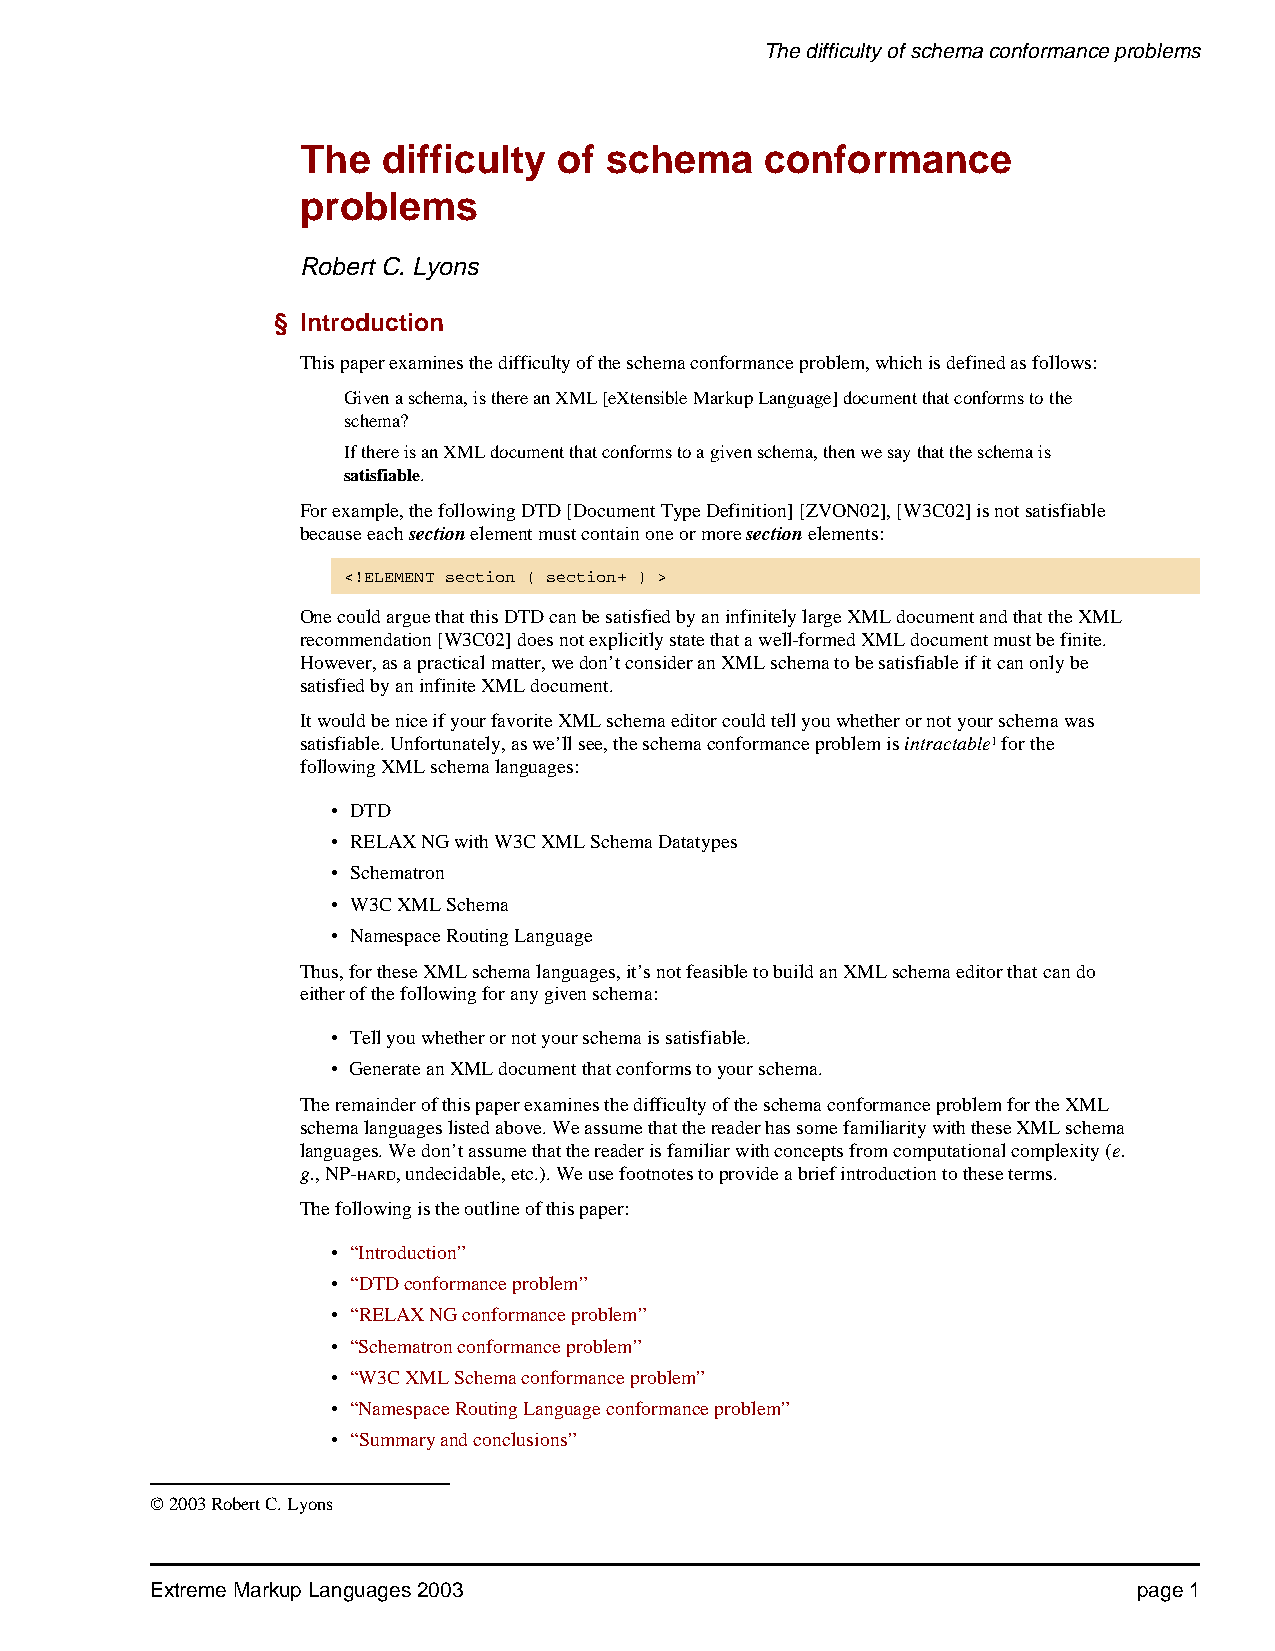
The difficulty of schema conformance problems
 The  difficulty  of schema     conformance
 problems
 Robert C.Lyons
 § Introduction
 This paper examines the difficulty of the schema conformance problem, which is defined as follows:
 Given a schema, is there an XML [eXtensible Markup Language] document that conforms to the
 schema?
 If there is an XML document that conforms to a given schema, then we say that the schema is
 satisfiable.
 For example, the following DTD [Document Type Definition] [ZVON02], [W3C02] is not satisfiable
 because each section element must contain one or more section elements:
 <!ELEMENT section ( section+ ) >
 One could argue that this DTD can be satisfied by an infinitely large XML document and that the XML
 recommendation [W3C02] does not explicitly state that a well-formed XML document must be finite.
 However, as a practical matter, we don’t consider an XML schema to be satisfiable if it can only be
 satisfied by an infinite XML document.
 It would be nice if your favorite XML schema editor could tell you whether or not your schema was
 satisfiable. Unfortunately, as we’ll see, the schema conformance problem is intractable1 for the
 following XML schema languages:
 • DTD
 • RELAX NG with W3C XML Schema Datatypes
 • Schematron
 • W3C XML Schema
 • Namespace Routing Language
 Thus, for these XML schema languages, it’s not feasible to build an XML schema editor that can do
 either of the following for any given schema:
 • Tell you whether or not your schema is satisfiable.
 • Generate an XML document that conforms to your schema.
 The remainder of this paper examines the difficulty of the schema conformance problem for the XML
 schema languages listed above. We assume that the reader has some familiarity with these XML schema
 languages. We don’t assume that the reader is familiar with concepts from computational complexity (e.
 g., NP-HARD, undecidable, etc.). We use footnotes to provide a brief introduction to these terms.
 The following is the outline of this paper:
 • “Introduction”
 • “DTD conformance problem”
 • “RELAX NG conformance problem”
 • “Schematron conformance problem”
 • “W3C XML Schema conformance problem”
 • “Namespace Routing Language conformance problem”
 • “Summary and conclusions”
 © 2003 Robert C. Lyons
 Extreme Markup Languages 2003                                    page 1